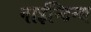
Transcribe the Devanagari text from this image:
नाईन्टिन्थ